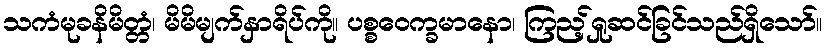
သကံမုခနိမိတ္တံ၊ မိမိမျက်နှာရိပ်ကို။ ပစ္စဝေက္ခမာနော၊ ကြည့်ရှုဆင်ခြင်သည်ရှိသော်။